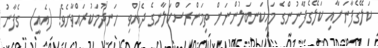
ކަލޭގެފާނަށާއި ކަލޭގެފާނުންގެ މައިކަނބަލުންނަށް ތިމަންރަސްކަލާނގެ ދެއްވި  ހަނދުމަކުރައްވާށެވެ! (އެއީ)  ގެފާނު